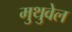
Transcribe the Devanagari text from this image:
मुथुवेल